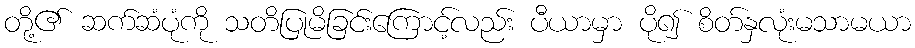
တို့၏ ဆက်ဆံပုံကို သတိပြုမိခြင်းကြောင့်လည်း ပီယာမှာ ပို၍ စိတ်နှလုံးမသာမယာ